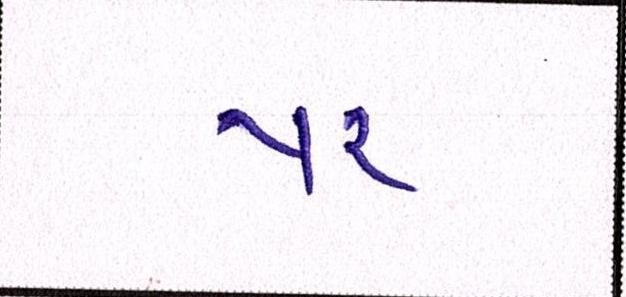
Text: પર